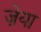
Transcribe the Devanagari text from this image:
ज़ेया